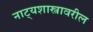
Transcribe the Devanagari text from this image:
नाट्यशास्त्रावरील